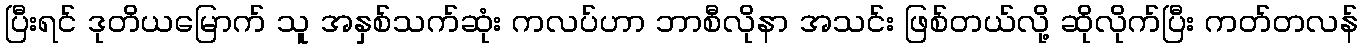
ပြီးရင် ဒုတိယမြောက် သူ အနှစ်သက်ဆုံး ကလပ်ဟာ ဘာစီလိုနာ အသင်း ဖြစ်တယ်လို့ ဆိုလိုက်ပြီး ကတ်တလန်